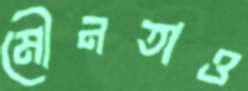
মৌনতাও